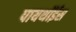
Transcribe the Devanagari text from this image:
पायथॉईस